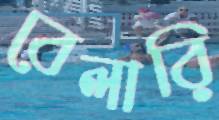
বেলারি